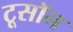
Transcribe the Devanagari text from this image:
टूसॉन